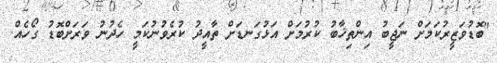
"ބޮޑުވަޒީރުކަމަށް ނަޖީބު އިންތިޚާބު ކުރުމަށް އަޅުގަނޑަށް ތާއީދު ކުރެވުނުކަމީ ހެދުނު ވަރަށްބޮޑު ގޯހެއް.